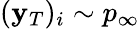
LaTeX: (\mathbf{y}_{T})_{i}\sim p_{\infty}